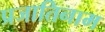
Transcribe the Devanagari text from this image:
प्रजातिनाम